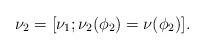
LaTeX: \begin{align*}\nu_2=[\nu_1;\nu_2(\phi_2)=\nu(\phi_2)].\end{align*}